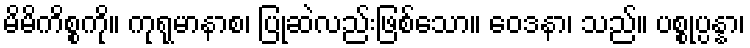
မိမိကိစ္စကို။ ကုရုမာနာစ၊ ပြုဆဲလည်းဖြစ်သော။ ဝေဒနာ၊ သည်။ ပစ္စုပ္ပန္နာ၊